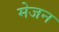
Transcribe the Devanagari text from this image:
मेजन